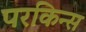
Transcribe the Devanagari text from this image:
परकिन्स